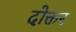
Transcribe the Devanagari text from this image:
दोक्तर